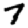
Digit: 7